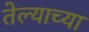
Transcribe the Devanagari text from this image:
तेल्याच्या